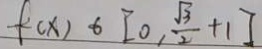
f ( x ) \in [ 0 , \frac { \sqrt { 3 } } { 2 } + 1 ]